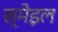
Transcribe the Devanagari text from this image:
स्मेइल